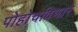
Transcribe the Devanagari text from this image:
पोहोचविणारे